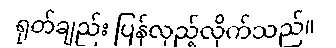
ရုတ်ချည်း ပြန်လှည့်လိုက်သည်။